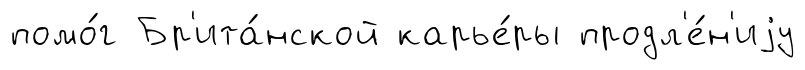
помо́г Бр'ита́нской карье́ры продл'е́н'иjу